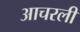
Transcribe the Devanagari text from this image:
आचरली